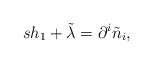
LaTeX: \begin{align*}sh_{1}+\tilde{\lambda}=\partial ^{i}\tilde{n}_{i}, \end{align*}